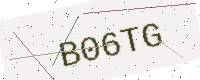
Text: B06TG